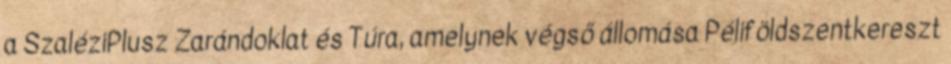
a SzaléziPlusz Zarándoklat és Túra, amelynek végső állomása Péliföldszentkereszt